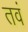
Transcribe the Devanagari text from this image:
तवं